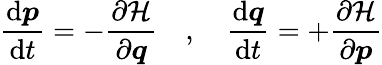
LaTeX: {\frac{\mathrm{d}{\boldsymbol{p}}}{\mathrm{d}t}}=-{\frac{\partial{\mathcal{H}}}{\partial{\boldsymbol{q}}}}\quad,\quad{\frac{\mathrm{d}{\boldsymbol{q}}}{\mathrm{d}t}}=+{\frac{\partial{\mathcal{H}}}{\partial{\boldsymbol{p}}}}